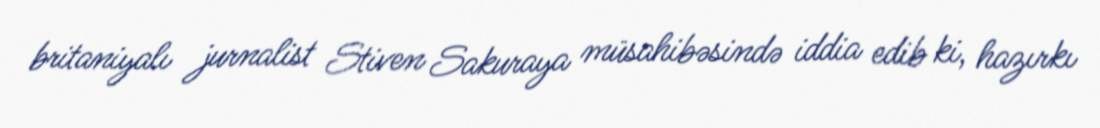
britaniyalı jurnalist Stiven Sakuraya müsahibəsində iddia edib ki, hazırkı